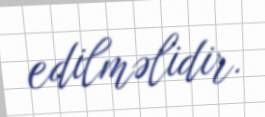
edilməlidir.